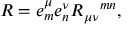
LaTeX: R = e _ { m } ^ { \mu } e _ { n } ^ { \nu } R _ { \mu \nu } { } ^ { m n } ,